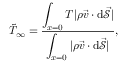
\tilde { T } _ { \infty } = \frac { \displaystyle \int _ { x = 0 } T | \rho \vec { v } \cdot \mathrm { d } \vec { \mathcal { S } } | } { \displaystyle \int _ { x = 0 } | \rho \vec { v } \cdot \mathrm { d } \vec { \mathcal { S } } | } ,